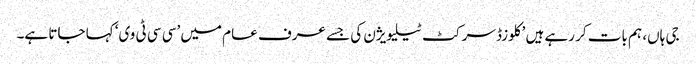
جی ہاں، ہم بات کر رہے ہیں ’کلوزڈ سرکٹ ٹیلیویژن کی جسے عرف عام میں ’سی سی ٹی وی‘ کہا جاتا ہے۔